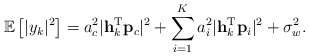
\begin{align*} \mathbb{E}\left[\lvert y_k\rvert^2\right]=a_c^2\lvert \mathbf{h}_k^{\textrm{T}}\mathbf{p}_c\rvert^2+\sum_{i=1}^K a_i^2\lvert \mathbf{h}_k^{\textrm{T}}\mathbf{p}_i\rvert^2+\sigma_w^2.\end{align*}